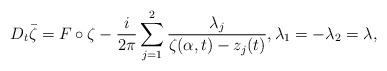
LaTeX: \begin{align*}D_t\bar{\zeta}=F\circ \zeta-\frac{i}{2\pi}\sum_{j=1}^2 \frac{\lambda_j}{\zeta(\alpha,t)-z_j(t)},\lambda_1=-\lambda_2=\lambda,\end{align*}